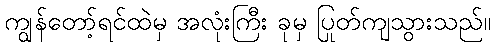
ကျွန်တော့်ရင်ထဲမှ အလုံးကြီး ခုမှ ပြုတ်ကျသွားသည်။